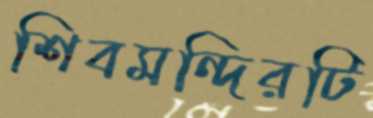
শিবমন্দিরটি